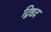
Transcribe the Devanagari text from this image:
द्विहृद